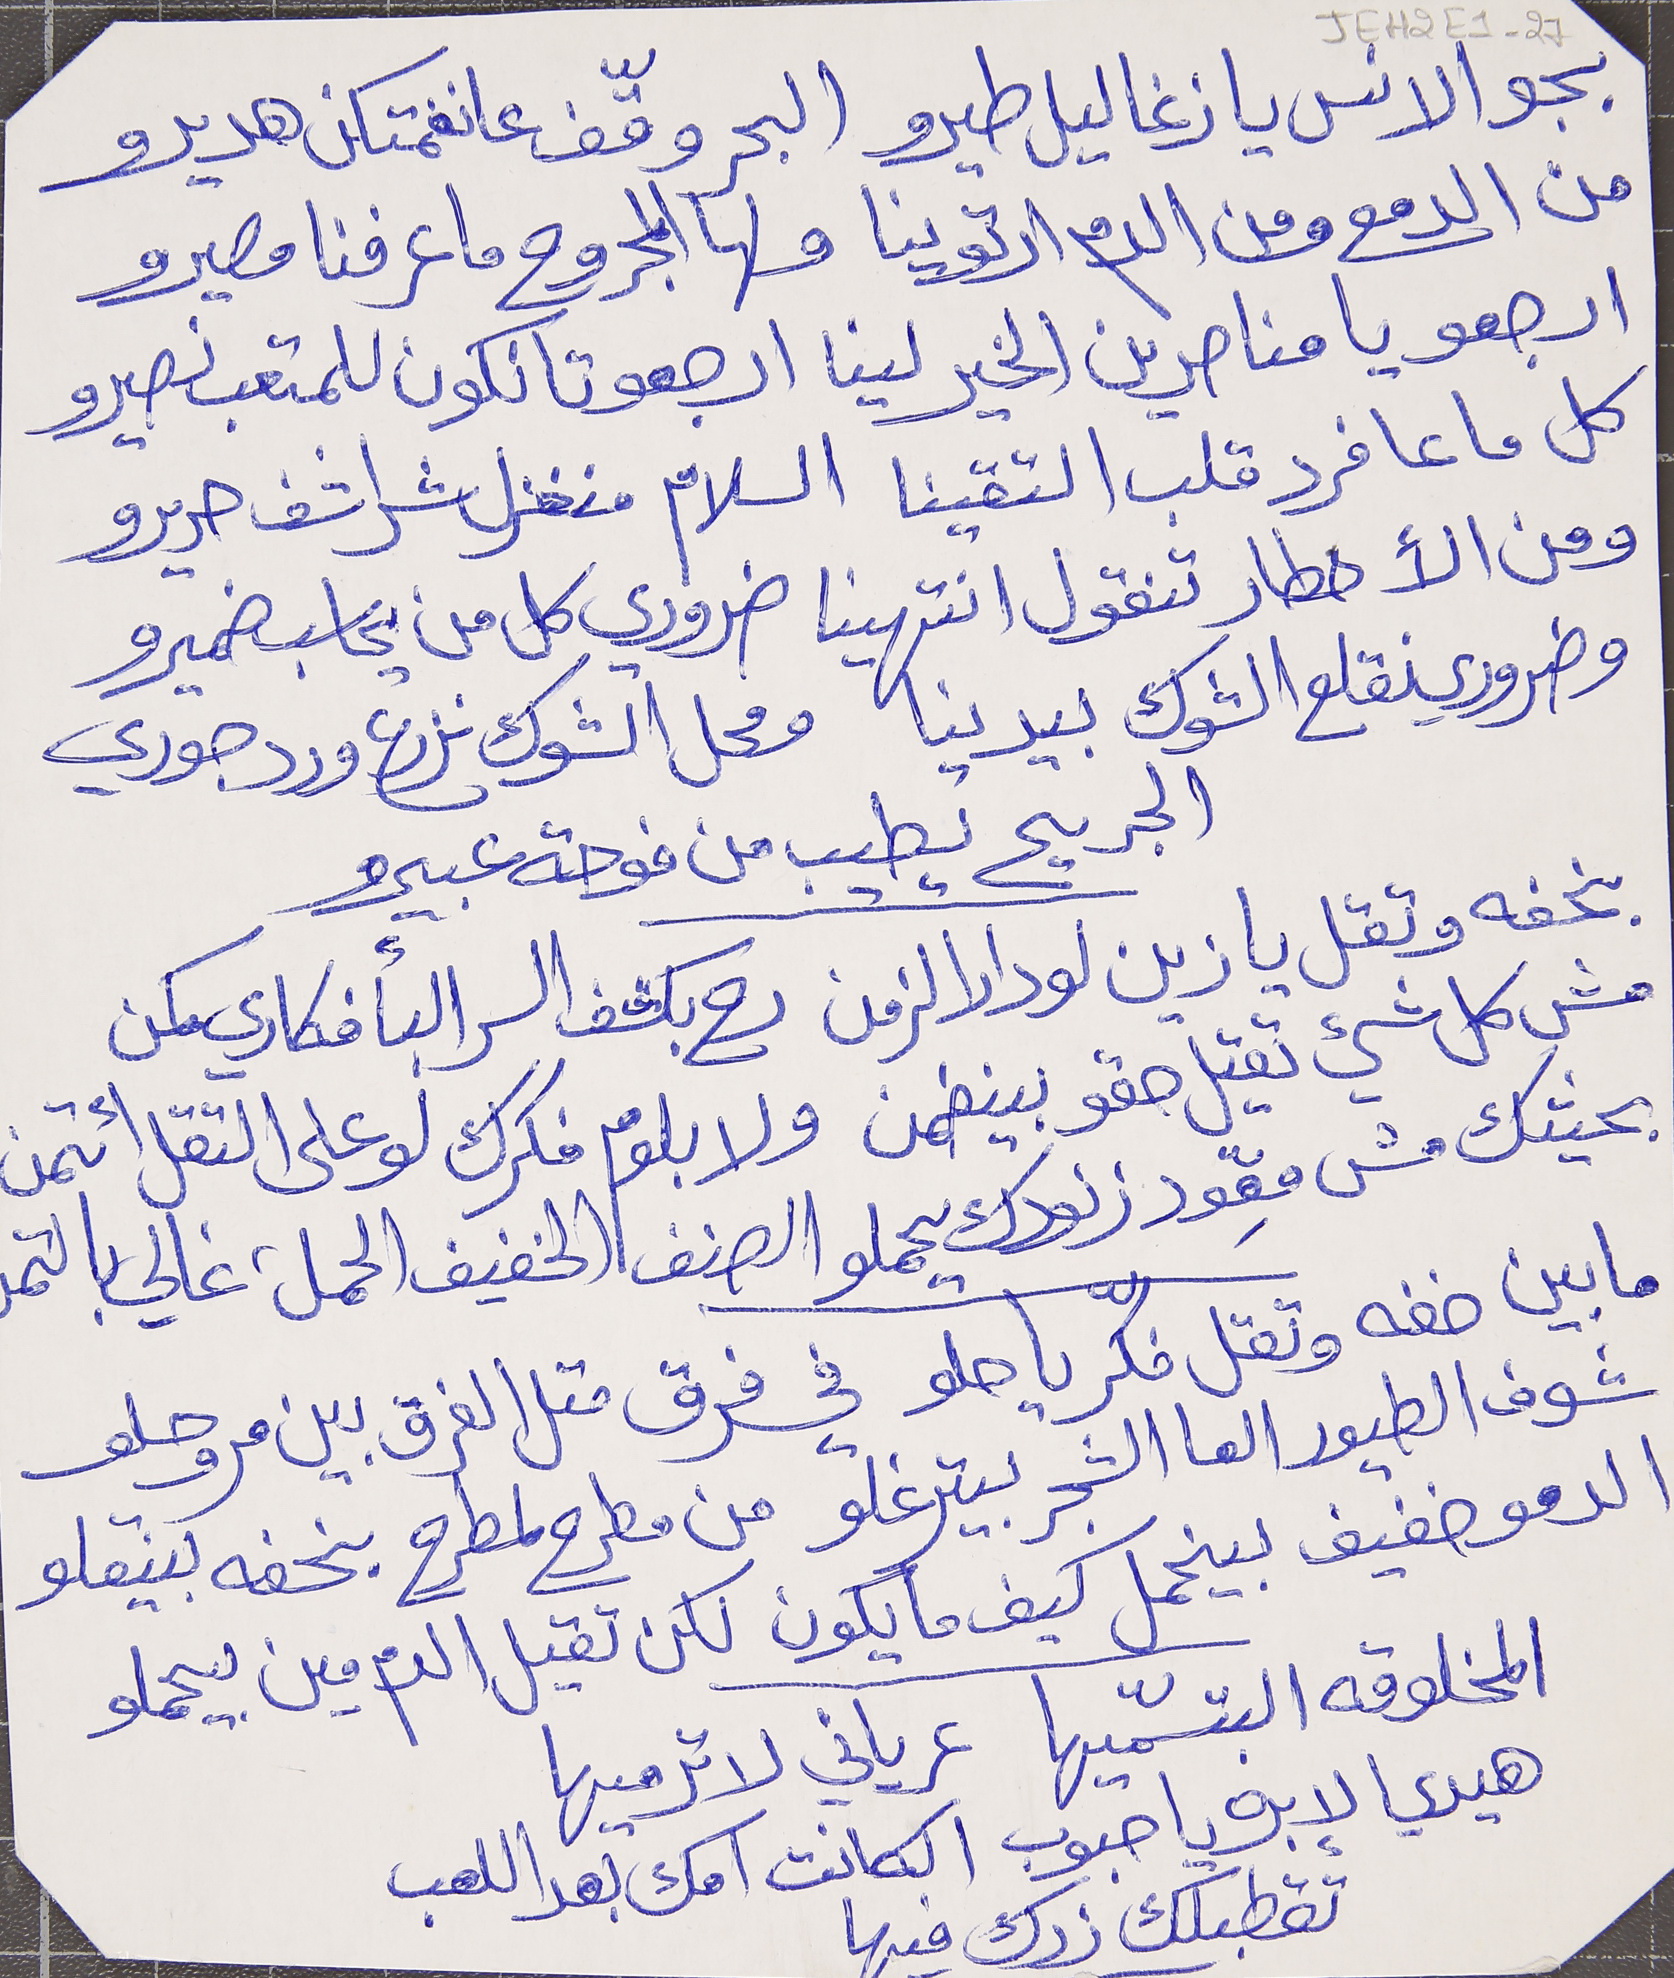
بجو الانس يا زغاليل طيرو البحر وقّف عا نغمتكن هديرو
من الدمع ومن الدم ارتوينا ولها المجروح ما عرفنا مصيرو
ارجعو يا مناصرين الخير لينا ارجعو تا نكون للمتعب نصيرو
كل ما عا فرد قلب التقينا السلام منغزل شراشف حريرو
ومن الأخطار تنقول انتهينا ضروري كل من يحاسب ضميرو
وضروري نقلع الشوك بيدينا ومحل الشوك نزرع ورد جوري
الجريح يطيب من فوحة عبيرو
بخفه وتقل يا زين لو دار الزمن رح بكشف السر البأفكاري مكن
 مش كل شيء يقتل حقو بينضمن ولا بلوم فكرك لو على التقل ائتمن
 بحيثك مش مِعوّد الهك يحملو الصنف الخفيف الحمل غالي بالتمن
ما بين خفه وتقل فكّر يا حلو في فرق متل الفرق بين مر وحلو
الدمو خفيف بينحمل كيف ما يكون لكن تقيل الدم مين بيحملو
المخلوقه البتسمّيها عرياني لاترميها
هيدي الإبره يا حبوب الكانت امك بعد اللعب
تقطبلك زرك فيها
JEH2E1-27
شوف الطيور العا الشجر بيترغلو من مطرح لمطرح بخفه بينقلو